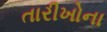
તારીખોના